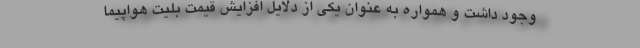
وجود داشت و همواره به عنوان یکی از دلایل افزایش قیمت بلیت هواپیما